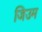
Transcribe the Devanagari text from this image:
जिउम